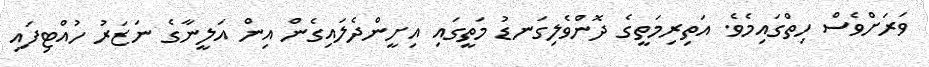
ވަރަށްވެސް ހިތްގައިމެވެ. އަތިރިމަތީގެ ދޮންވެލިގަނޑު މަތީގައި އިށީންދެލައިގެން އިން އަލީނާގެ ނަޒަރު ހުއްޓިފައި